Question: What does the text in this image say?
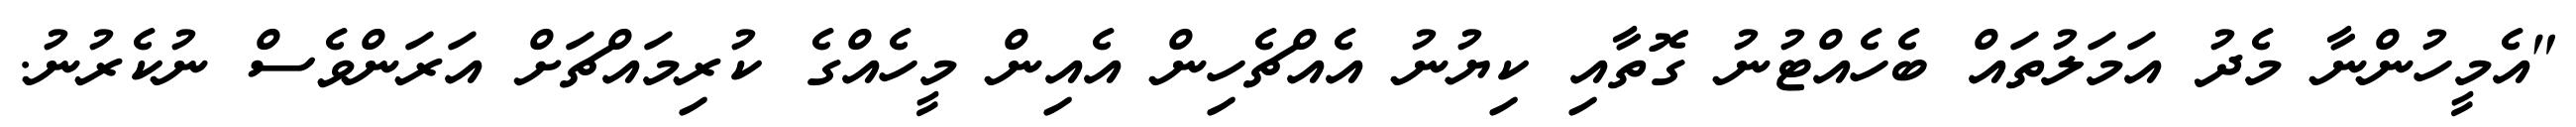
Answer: "އެމީހުންނާ މެދު އަމަލުތައް ބެހެއްޓުނު ގޮތާއި ކިޔުނު އެއްޗެހިން އެއިން މީހެއްގެ ކުރިމައްޗަށް އަރަންވެސް ނުކެރުނު.